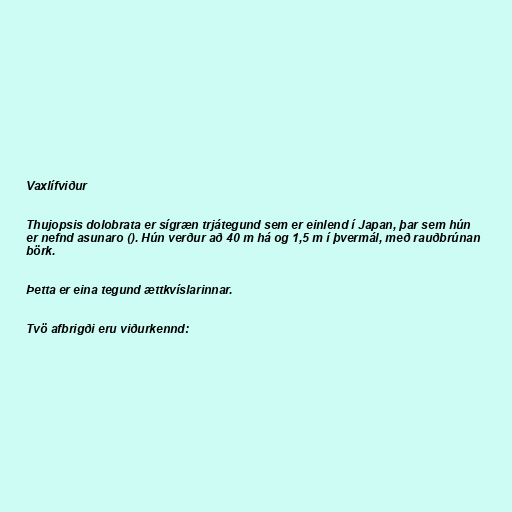
Vaxlífviður

Thujopsis dolobrata er sígræn trjátegund sem er einlend í Japan, þar sem hún
er nefnd asunaro (). Hún verður að 40 m há og 1,5 m í þvermál, með rauðbrúnan
börk.

Þetta er eina tegund ættkvíslarinnar.

Tvö afbrigði eru viðurkennd: